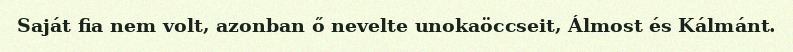
Saját fia nem volt, azonban ő nevelte unokaöccseit, Álmost és Kálmánt.